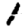
Digit: 1